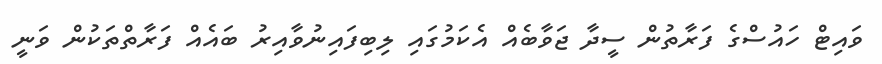
ވައިޓް ހައުސްގެ ފަރާތުން ސީދާ ޖަވާބެއް އެކަމުގައި ލިބިފައިނުވާއިރު ބައެއް ފަރާތްތަކުން ވަނީ